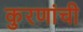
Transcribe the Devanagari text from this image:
कुरणांची